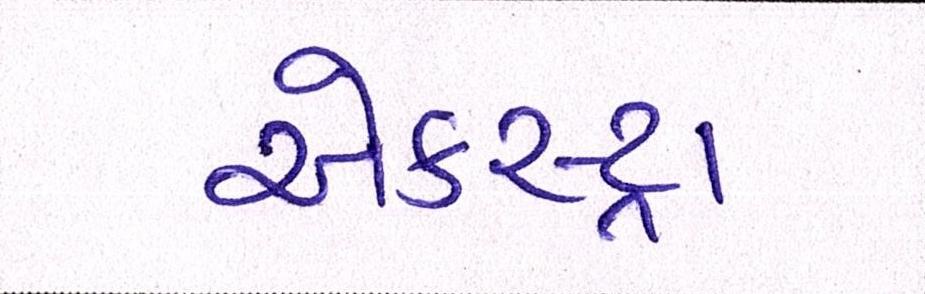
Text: એકસ્ટ્રા